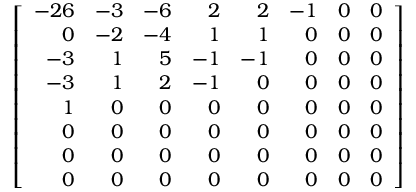
\left[ { \begin{array} { r r r r r r r r } { - 2 6 } & { - 3 } & { - 6 } & { 2 } & { 2 } & { - 1 } & { 0 } & { 0 } \\ { 0 } & { - 2 } & { - 4 } & { 1 } & { 1 } & { 0 } & { 0 } & { 0 } \\ { - 3 } & { 1 } & { 5 } & { - 1 } & { - 1 } & { 0 } & { 0 } & { 0 } \\ { - 3 } & { 1 } & { 2 } & { - 1 } & { 0 } & { 0 } & { 0 } & { 0 } \\ { 1 } & { 0 } & { 0 } & { 0 } & { 0 } & { 0 } & { 0 } & { 0 } \\ { 0 } & { 0 } & { 0 } & { 0 } & { 0 } & { 0 } & { 0 } & { 0 } \\ { 0 } & { 0 } & { 0 } & { 0 } & { 0 } & { 0 } & { 0 } & { 0 } \\ { 0 } & { 0 } & { 0 } & { 0 } & { 0 } & { 0 } & { 0 } & { 0 } \end{array} } \right]